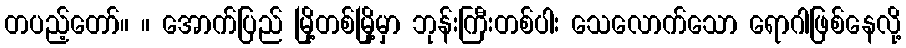
တပည့်တော်။ ။ အောက်ပြည် မြို့တစ်မြို့မှာ ဘုန်းကြီးတစ်ပါး သေလောက်သော ရောဂါဖြစ်နေလို့